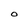
Character: O